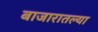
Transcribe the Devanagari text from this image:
बाजारातल्या